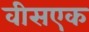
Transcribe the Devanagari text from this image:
वीसएक